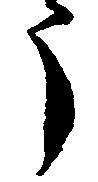
う